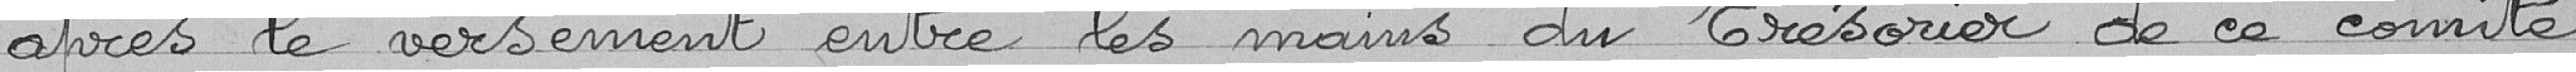
après le versement entre les mains du Trésorier de ce comité